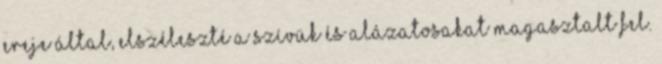
ereje által, elszéleszté a szívük és alázatosakat magasztalt fel.